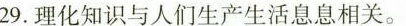
29.理化知识与人们生产生活息息相关。